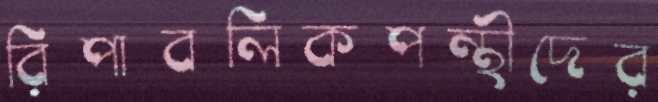
রিপাবলিকপন্থীদের